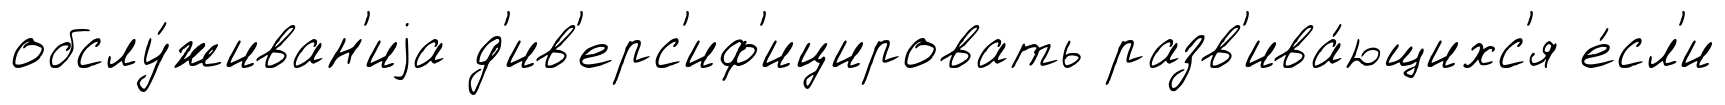
обслу́живан'иjа д'ив'ерс'иф'ицировать разв'ива́ющихс'я е́сл'и